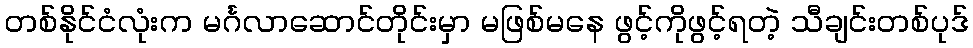
တစ်နိုင်ငံလုံးက မင်္ဂလာဆောင်တိုင်းမှာ မဖြစ်မနေ ဖွင့်ကိုဖွင့်ရတဲ့ သီချင်းတစ်ပုဒ်